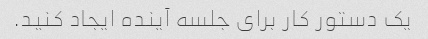
یک دستور کار برای جلسه آینده ایجاد کنید.